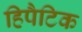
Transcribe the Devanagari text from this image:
हिपैटिक